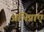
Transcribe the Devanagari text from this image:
अभिप्राए